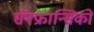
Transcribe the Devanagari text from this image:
सॅनफ्रान्सिको